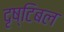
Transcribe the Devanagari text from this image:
दृष्टिबल